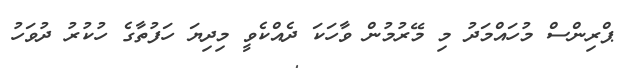
ޕްރިންސް މުހައްމަދު މި މޭރުމުން ވާހަކަ ދެއްކެވީ މިދިޔަ ހަފުތާގެ ހުކުރު ދުވަހު